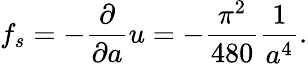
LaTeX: f_{s}=-{\frac{\partial}{\partial a}}u=-{\frac{\pi^{2}}{480}}{\frac{1}{a^{4}}}.